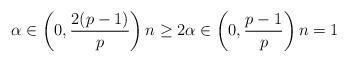
LaTeX: \begin{align*} \alpha \in \left(0, \frac{2(p-1)}{p}\right) n\geq 2 \alpha \in \left(0, \frac{p-1}{p}\right) n=1\end{align*}